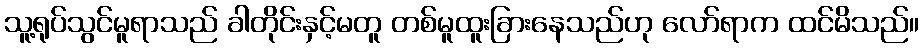
သူ့ရုပ်သွင်မူရာသည် ခါတိုင်းနှင့်မတူ တစ်မူထူးခြားနေသည်ဟု လော်ရာက ထင်မိသည်။